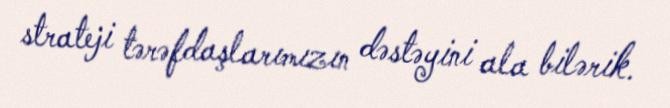
strateji tərəfdaşlarımızın dəstəyini ala bilərik.